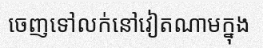
ចេញទៅលក់នៅវៀតណាមក្នុង